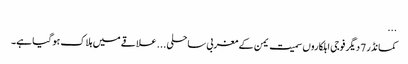
...
کمانڈر 7 دیگر فوجی اہلکاروں سمیت یمن کے مغربی ساحلی... علاقے میں ہلاک ہو گیا ہے۔